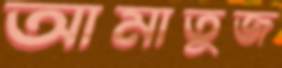
আমাতুজ